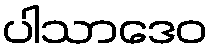
ပါသာဒေဝ